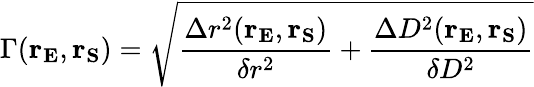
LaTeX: \displaystyle\Gamma(\mathbf{r_{E}},\mathbf{r_{S}})=\sqrt{\frac{\Delta r^{2}(\mathbf{r_{E}},\mathbf{r_{S}})}{\delta r^{2}}+\frac{\Delta D^{2}(\mathbf{r_{E}},\mathbf{r_{S}})}{\delta D^{2}}}